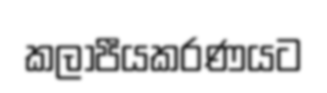
කලාපීයකරණයට